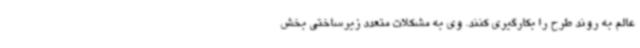
عالم به روند طرح را بکارگیری کنند. وی به مشکلات متعدد زیرساختی بخش